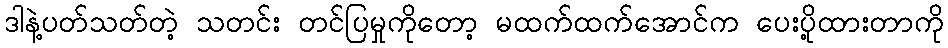
ဒါနဲ့ပတ်သတ်တဲ့ သတင်း တင်ပြမှုကိုတော့ မထက်ထက်အောင်က ပေးပို့ထားတာကို